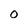
Character: 0